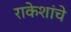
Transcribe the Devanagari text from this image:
राकेशांचे